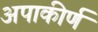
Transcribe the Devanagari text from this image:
अपाकीर्ण